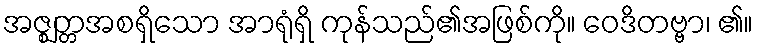
အဇ္ဈတ္တအစရှိသော အာရုံရှိ ကုန်သည်၏အဖြစ်ကို။ ဝေဒိတဗ္ဗာ၊ ၏။